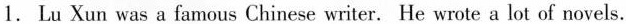
1.Lu Xun was a famous Chinese writer. He wrote a lot of novels.